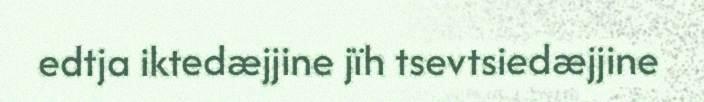
edtja iktedæjjine jïh tsevtsiedæjjine